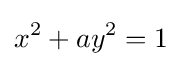
x^{2}+ay^{2}=1